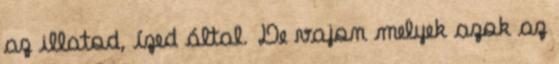
az illatod, ízed által. De vajon melyek azok az